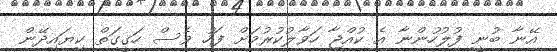
އޭނާ ބުނީ ފުލުހުންނާ އެ ކުއްޖާ ހަވާލުކުރުމަށް ފަހު ވެސް ހަގީގަތް ކިޔައިދޭން